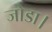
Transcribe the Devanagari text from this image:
जोडा।